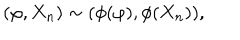
( \varphi , X _ { n } ) \sim ( \phi ( \varphi ) , \phi ( X _ { n } ) ) ,